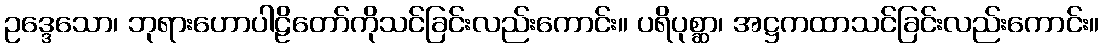
ဥဒ္ဒေသော၊ ဘုရားဟောပါဠိတော်ကိုသင်ခြင်းလည်းကောင်း။ ပရိပုစ္ဆာ၊ အဋ္ဌကထာသင်ခြင်းလည်းကောင်း။